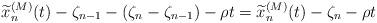
LaTeX: \begin{align*} \widetilde{x}_n^{(M)}(t)-\zeta_{n-1}-(\zeta_n-\zeta_{n-1})-\rho t=\widetilde{x}_n^{(M)}(t)-\zeta_n-\rho t\end{align*}